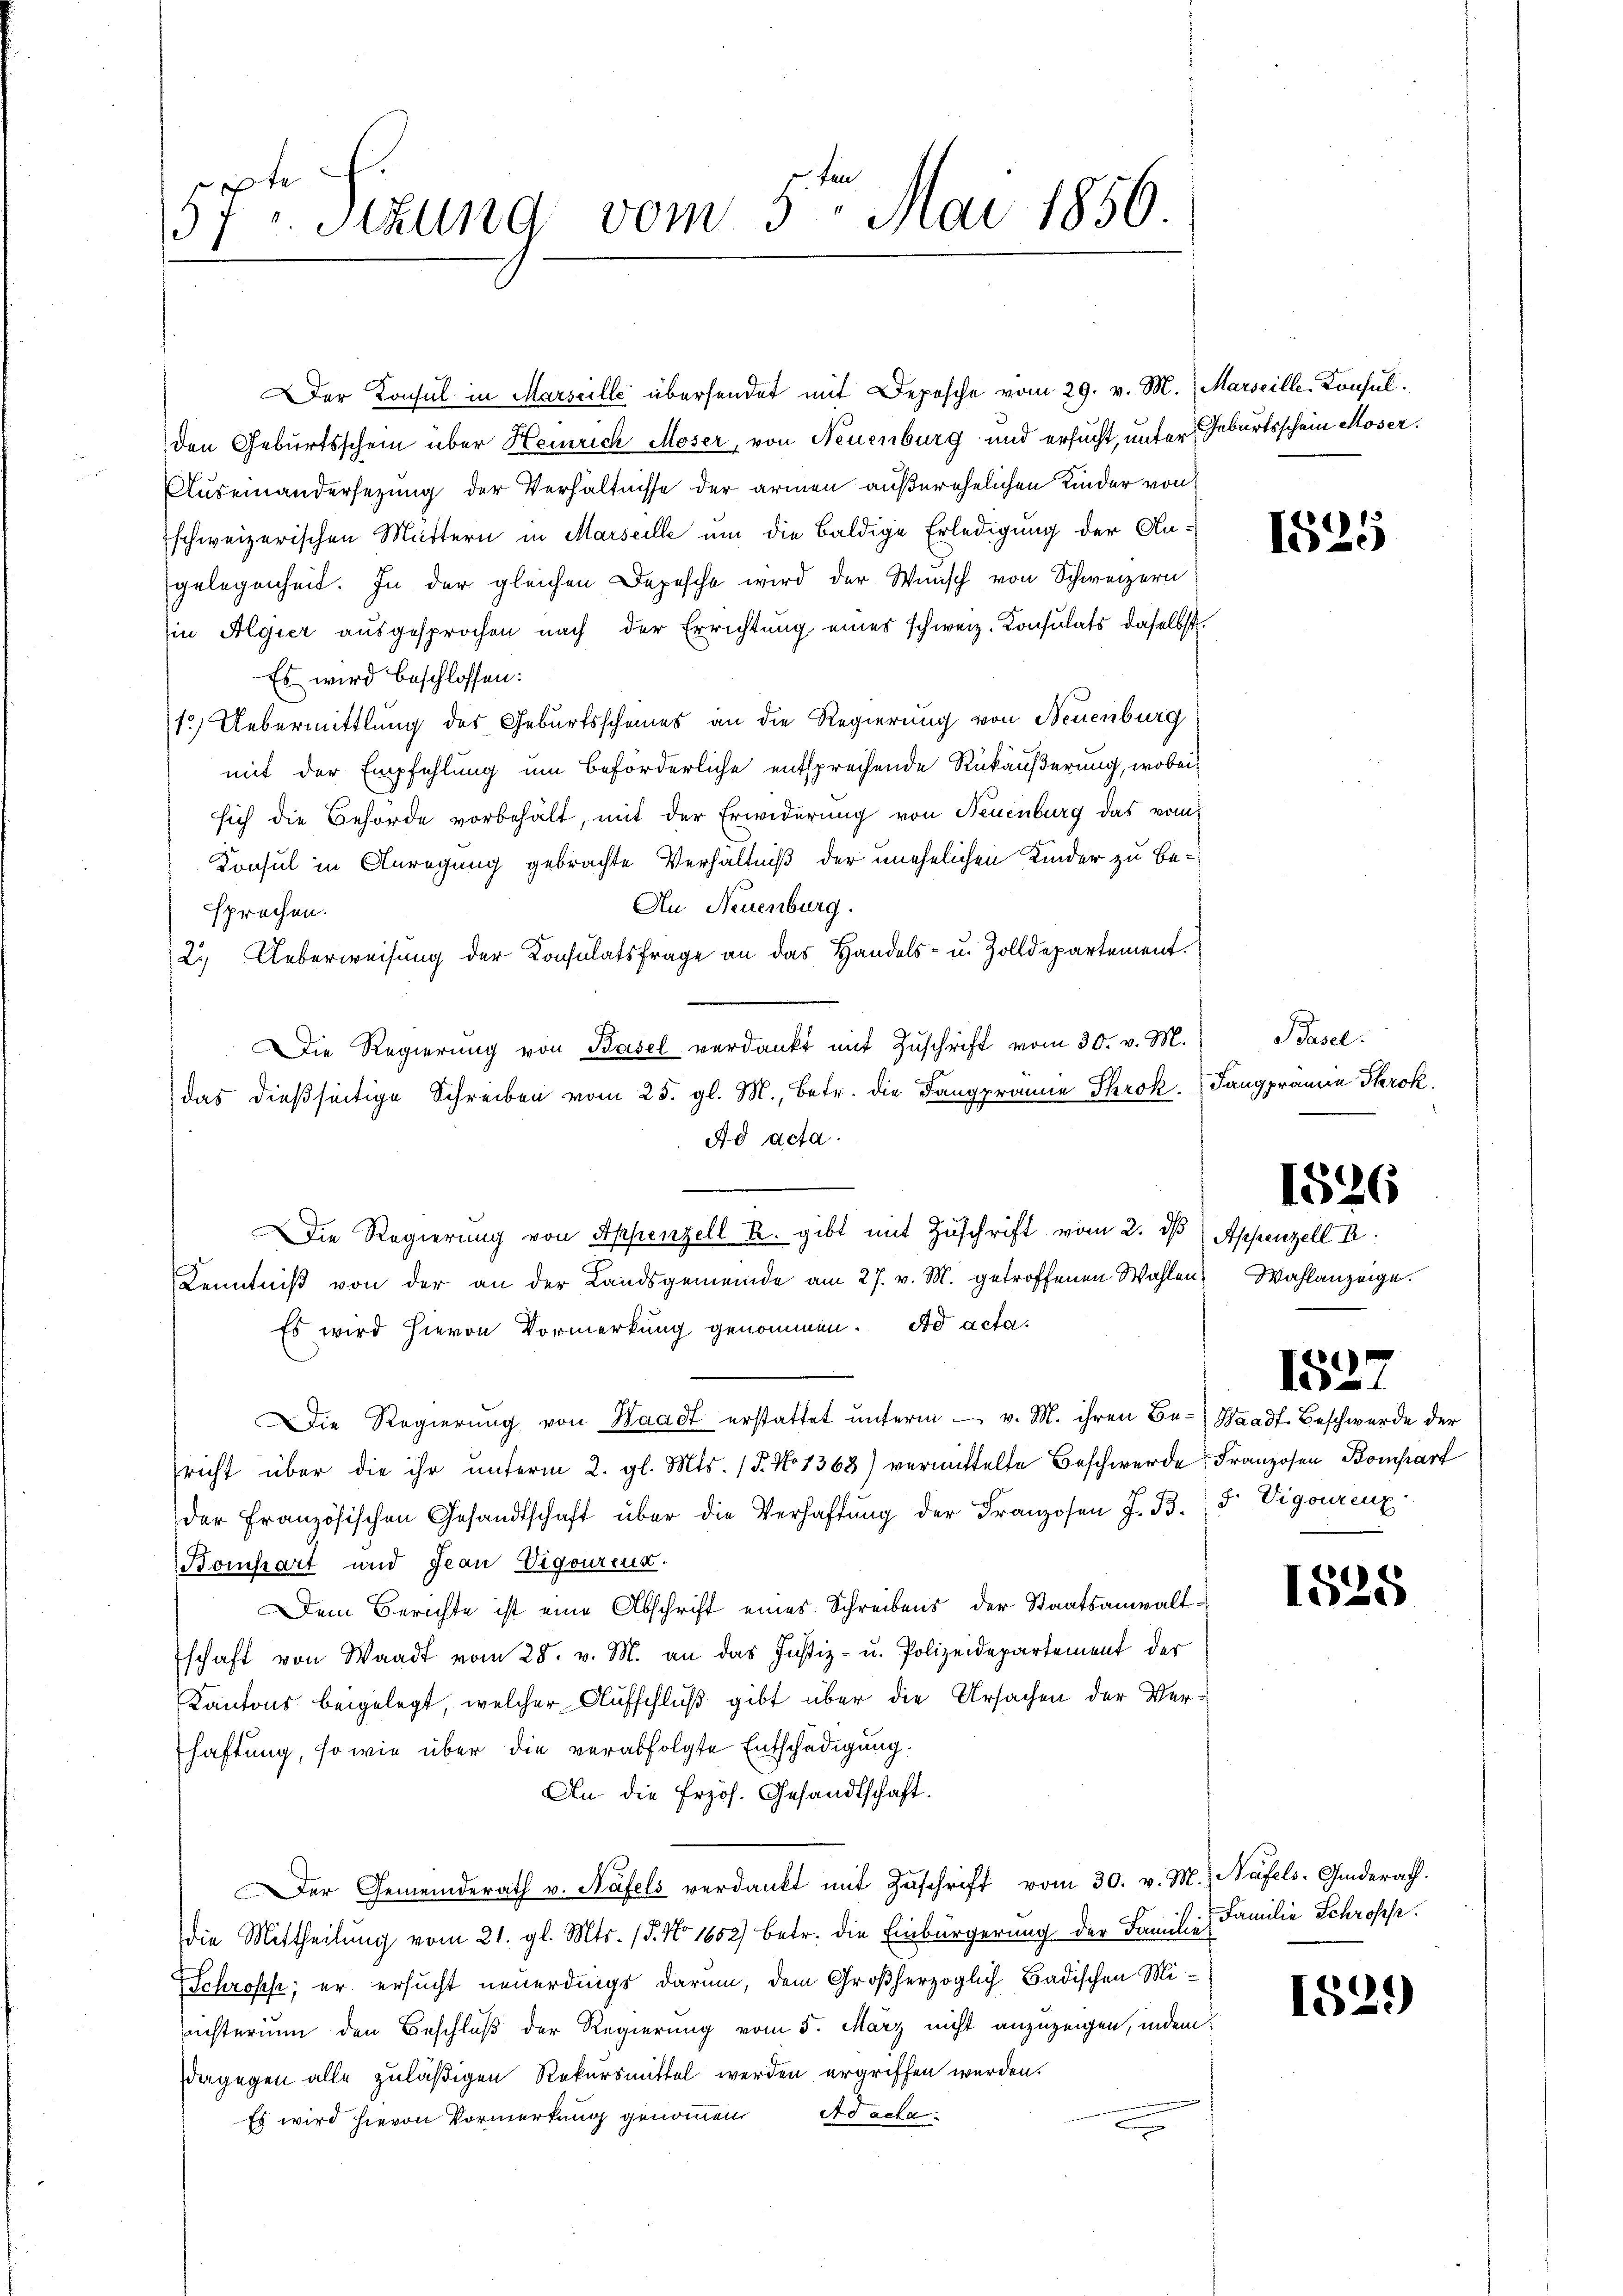
den Geburtsschein über Heinrich Moser, von Neuenburg und ersucht, unter Geburtsschein Moser.
Auseinandersezung der Verhältnisse der armen außerehelichen Kinder von
schweizerischen Muttern in Marseille um die baldige Erledigung der Angelegenheit. In der gleichen Depesche wird der Wunsch von Schweizern
in Algier ausgesprochen nach der Errichtung eines schweiz. Konsulats daselbst.
Es wird beschlossen:
1.) Uebermittlung des Geburtsscheines an die Regierung von Neuenburg
mit der Empfehlung um Beförderliche entsprechende Rükäußerung, wobei
sich die Behörde vorbehält, mit der Erwiderung von Neuenburg das vom
Konsul in Anregung gebrachte Verhältniß der unehelichen Kinder zu be¬
An Neuenburg.
sprechen.
2. Ueberweisung der Konsulatsfrage an das Handels- u. Zolldepartement.
Die Regierung von Basel verdankt mit Zuschrift vom 30. v. M.
das dießseitige Schreiben vom 25. gl. M., betr. die Langprämie Skrok. Fangpramen Throk.
Ad acta.
Die Regierung von Appenzell R. gibt mit Zŭschrift vom 2. ds Appenzell R
Kenntniß von der an der Landsgemeinde am 27. v. M. getroffenen Wahlen
Es wird hievon Vormerkung genommen. Ad acta.
Die Regierŭng von Waadt erstattet unterm  v. M. ihren Be- Waadt Beschwerde der
richt über die ihr ŭnterm 2. gl. Mts. 15. No 1363) vermittelte Beschwerde Franzosen Bomhart
der französischen Gesandtschaft über die Verhaffŭng der Franzosen J. B. d. Vigourenz
Bomhart und Jean Vigoureux.
Dem Berichte ist eine Abschrift eines Schreibens der Staatsanwaltschaft von Waadt vom 28. v. M. an das Justiz- u. Polizeidepartement der
Kantons beigelegt, welcher Aufschluß gibt über die Ursachen der Verhaftung, so wie über die verabfolgte Entschädigung.
An die frzöh. Gesandtschaft.
Der Gemeinderath v. Näfels verdankt mit Zŭschrift vom 30. v. M. Näfels- Giderath.
die Mittheilung vom 21. gl. Mts. 15. No 1652) betr. die Einbürgerung der Familie Familie Schroffe
Schroffe; er ersucht neuerdings darum, dem Großherzoglich Badischen Miichterium den Beschluß der Regierung vom 5. März nicht anzuzeigen, indem
dagegen alle zuläßigen Rekursmittel werden ergriffen werden.
Es wird hievon Vormerkung genommen Adela

57t Sizung vom 5ten Mai 1856

Der Konsul in Marseille übersendet mit Deposche vom 29. v. M. Marseille. Konsul

1525

Basel.

Wahlanzeige.

1526

1527

1525

1529)